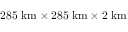
2 8 5 ~ \mathrm { k m } \times 2 8 5 ~ \mathrm { k m } \times 2 ~ \mathrm { k m }